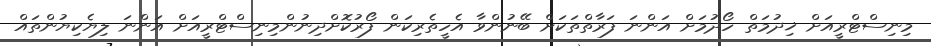
މިނިސްޓްރީއަށް ޚިދުމަތް ހޯދުމަށް އަންނަ ފަރާތްތަކަށް ބޭނުންވާ އެހީތެރިކަން ފޯރުކޮށްދިނުންމިނިސްޓްރީއަށް އަންނަ ލިޔެކިޔުންތައް